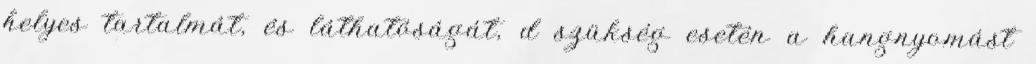
helyes tartalmát, és láthatóságát, d szükség esetén a hangnyomást